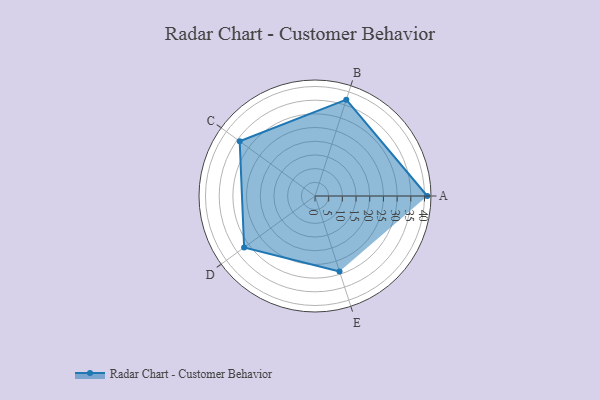
{"axis": {"x": "Skill", "y": "Score"}, "legend": ["Profile"], "data": [{"x": "A", "y": 41.0, "type": "Profile"}, {"x": "B", "y": 37.0, "type": "Profile"}, {"x": "C", "y": 34.0, "type": "Profile"}, {"x": "D", "y": 32.0, "type": "Profile"}, {"x": "E", "y": 29.0, "type": "Profile"}]}